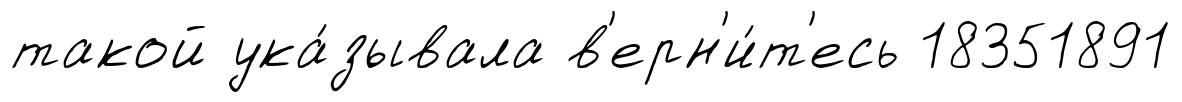
такой ука́зывала в'ерн'и́т'есь 18351891